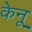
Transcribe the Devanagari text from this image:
केनू